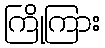
ကြိုကြား